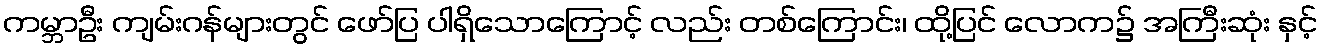
ကမ္ဘာဦး ကျမ်းဂန်များတွင် ဖော်ပြ ပါရှိသောကြောင့် လည်း တစ်ကြောင်း၊ ထို့ပြင် လောက၌ အကြီးဆုံး နှင့်